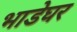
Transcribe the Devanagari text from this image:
भाडेघर